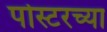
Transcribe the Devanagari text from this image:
पोस्टरच्या